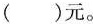
（）元。